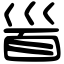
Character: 𩠐